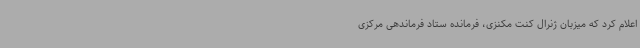
اعلام کرد که میزبان ژنرال کنت مکنزی، فرمانده ستاد فرماندهی مرکزی